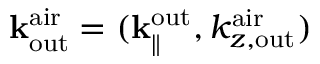
{ \bf k } _ { \mathrm { o u t } } ^ { \mathrm { a i r } } = ( { \bf k } _ { \parallel } ^ { \mathrm { o u t } } , k _ { z , \mathrm { o u t } } ^ { \mathrm { a i r } } )